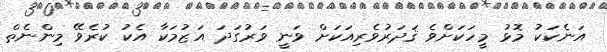
އަނެކަކު މޮޅު މީހަކަށްވެ ޤަދަރުވެރިއަކަށް ވަނީ ވަރުގަދަ އަޒުމަކާ އެކު ކުރެވޭ މިންނެތް